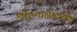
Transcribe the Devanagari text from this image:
श्रीरूपनारायण